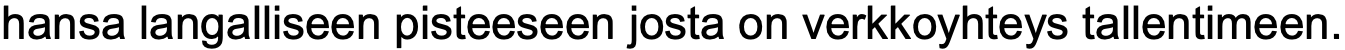
hansa langalliseen pisteeseen josta on verkkoyhteys tallentimeen.